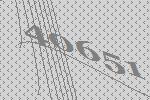
40651